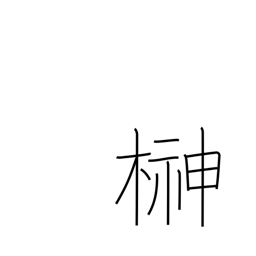
Meaning: sacred Shinto tree